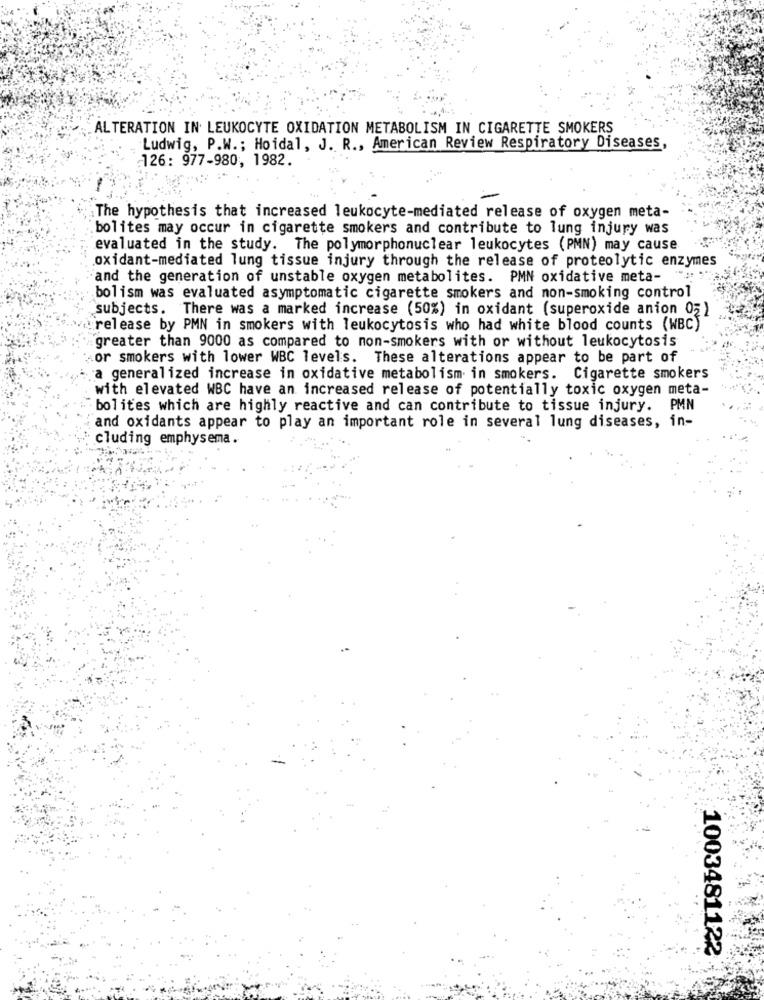
ALTERATION IN LEUKOCYTE OXIDATION METABOLISM IN CIGARETTE SMOKERS
Ludwig, P.W .; Hoidal, J. R ., American Review Respiratory Diseases,
126: 977-980, 1982.
The hypothesis that increased leukocyte-mediated release of oxygen meta-
bolites may occur in cigarette smokers and contribute to lung injury was
evaluated in the study. The polymorphonuclear leukocytes (PMN) may cause
oxidant-mediated lung tissue injury through the release of proteolytic enzymes
and the generation of unstable oxygen metabolites. PMN oxidative meta-
bolism was evaluated asymptomatic cigarette smokers and non-smoking control
subjects. There was a marked increase (50%) in oxidant (superoxide anion Oz)
release by PMN in smokers with leukocytosis who had white blood counts (WBC)
greater than 9000 as compared to non-smokers with or without leukocytosis
or smokers with lower WBC levels. These alterations appear to be part of
a generalized increase in oxidative metabolism in smokers. Cigarette smokers
with elevated WBC have an increased release of potentially toxic oxygen meta-
bolites which are highly reactive and can contribute to tissue injury. PMN
and oxidants appear to play an important role in several lung diseases, in-
cluding emphysema.
1003481122